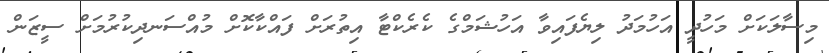
މިސާލަކަށް މަހުދީ އަހުމަދު ލިޔެފައިވާ އަހުޝަމްގެ ކެރެކްޓާ އިތުރަށް ފައްކާކޮށް މުއްސަނދިކުރުމަށް ސީޒަން